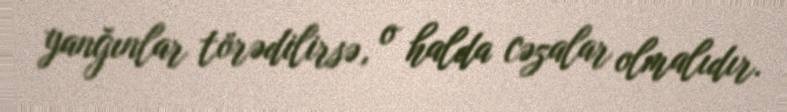
yanğınlar törədilirsə, o halda cəzalar olmalıdır.